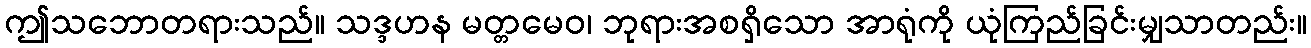
ဤသဘောတရားသည်။ သဒ္ဒဟန မတ္တမေဝ၊ ဘုရားအစရှိသော အာရုံကို ယုံကြည်ခြင်းမျှသာတည်း။